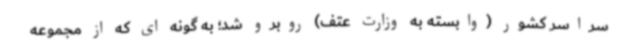
سراسر کشور (وابسته به وزارت عتف) روبرو شد؛ به گونه ای که از مجموعه